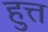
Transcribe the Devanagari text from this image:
हुत्त